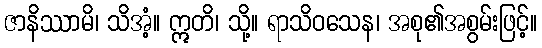
ဇာနိဿာမိ၊ သိအံ့။ ဣတိ၊ သို့။ ရာသိဝသေန၊ အစု၏အစွမ်းဖြင့်။